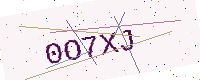
Text: 0O7XJ